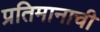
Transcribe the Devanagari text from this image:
प्रतिमानाची